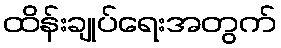
ထိန်းချုပ်ရေးအတွက်